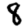
Digit: 8